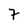
Character: 7